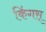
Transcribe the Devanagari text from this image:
किंगस्